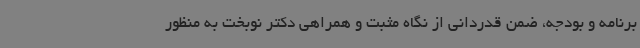
برنامه و بودجه، ضمن قدردانی از نگاه مثبت و همراهی دکتر نوبخت به منظور